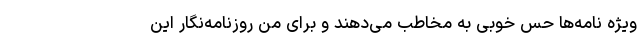
ویژه نامه‌ها حس خوبی به مخاطب می‌دهند و برای منِ روزنامه‌نگار این